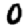
Digit: 0